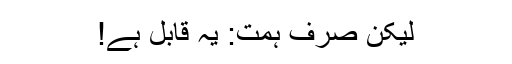
لیکن صرف ہمت: یہ قابل ہے!